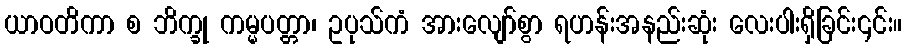
ယာဝတိကာ စ ဘိက္ခု ကမ္မပတ္တာ၊ ဥပုသ်ကံ အားလျော်စွာ ရဟန်းအနည်းဆုံး လေးပါးရှိခြင်း၎င်း။